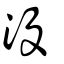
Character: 没